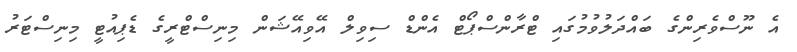
އެ ނޫސްވެރިންގެ ބައްދަލުވުމުގައި ޓްރާންސްޕޯޓް އެންޑް ސިވިލް އޭވިއޭޝަން މިނިސްޓްރީގެ ޑެޕިއުޓީ މިނިސްޓަރު